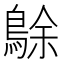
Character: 鵌